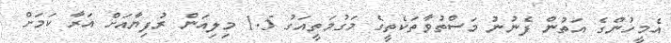
އެމީހުންގެ އަތުން ފެނުނު މަސްތުވާތަކެތީގެ މަގުމަތީއަގު 1.5 މިލިއަން ރުފިޔާއަށް އަރާ ކަމަށް